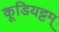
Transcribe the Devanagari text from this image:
कूडियट्टम्